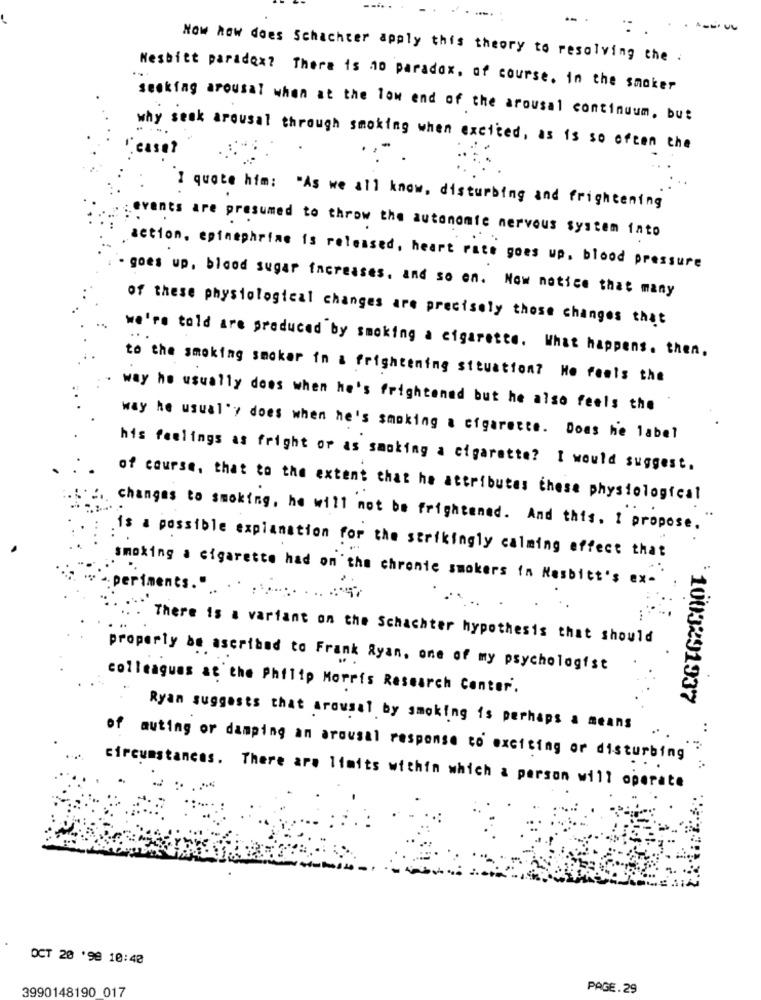
Now how does Schachter apply this theory to resolving the .
Nesbitt paradox? There is no paradox. of course. in the smoker
seeking arousal when at the low end of the arousal continuum, but
casa?
why senk arousal through smoking when excited, as is so often the
I quote him: "As we all know, disturbing and frightening
events are presumed to throw the autonomie nervous system into
action, epinephrine is released, heart rate goes up. blood pressure
goes up, blood sugar increases, and so on. Now notice that many
of these physiological changes are precisely those changes that
we're told are produced by smoking a cigarette. What happens. then.
to the smoking smoker in a frightening steuation? He feels the
. way he usually does when he's frightened but he also feels the
way he usual'y does when he's smoking a cigarette. Does he label
his feelings as fright or as smoking a cigarette? I would suggest.
of course, that to the extent that he attributes these physiological
: changes to smoking, he will not be frightened. And this. I propose.
is a possible explanation for the strikingly calming effect that
smoking a cigarette had on'the chronie smokers in Nesbitt's ex-
.periments."
There is a variant on the Schachter hypothesis that should
properly be ascribed to Frank Ryan, one of my psychologist
colleagues at the Philip Morris Research Center.
1003291937
Ryan suggests that arousal by smoking is perhaps a means
..
.-
of auting or damping an arousal response to exciting or disturbing
circumstances. There are limits within which a person will operate
OCT 20 '98 10:40
3990148190 017
PAGE.29